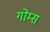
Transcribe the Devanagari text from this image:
गोम्‍स